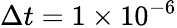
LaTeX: \Delta t=1\times 10^{-6}